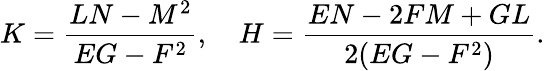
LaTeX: K={\frac{LN-M^{2}}{EG-F^{2}}},\quad H={\frac{EN-2FM+GL}{2(EG-F^{2})}}.